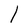
Character: l